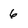
Character: 6